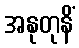
အနုတုနိံ